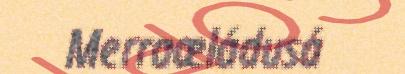
Merraæládusá